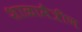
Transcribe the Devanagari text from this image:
शाळामैत्रीण